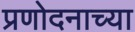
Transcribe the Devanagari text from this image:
प्रणोदनाच्या